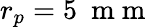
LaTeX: r_{p}=5~\mathrm{~m~m~}